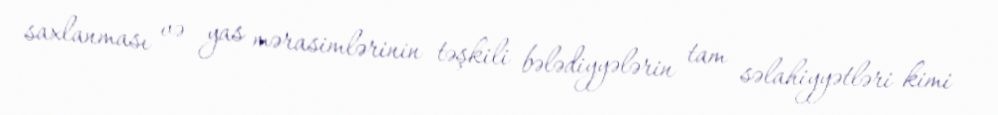
saxlanması və yas mərasimlərinin təşkili bələdiyyələrin tam səlahiyyətləri kimi